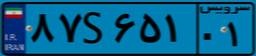
۸۷S۶۵۱۰۱